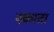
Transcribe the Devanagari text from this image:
नकाता